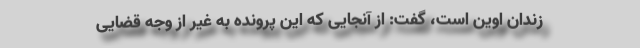
زندان اوین است، گفت: از آنجایی که این پرونده به غیر از وجه قضایی